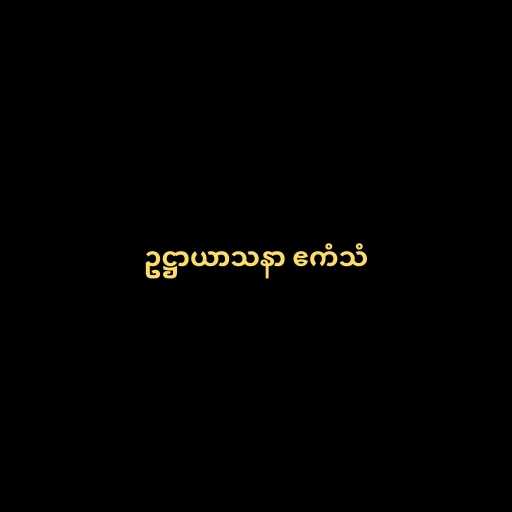
ဥဋ္ဌာယာသနာ ဧကံသံ